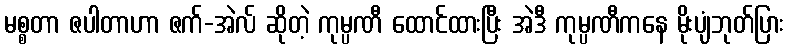
မစ္စတာ ဇပါတာဟာ ဇက်-အဲလ် ဆိုတဲ့ ကုမ္ပဏီ ထောင်ထားပြီး အဲဒီ ကုမ္ပဏီကနေ မိုးပျံဘုတ်ပြား